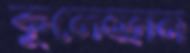
কুলেন্দ্রান